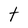
Character: t